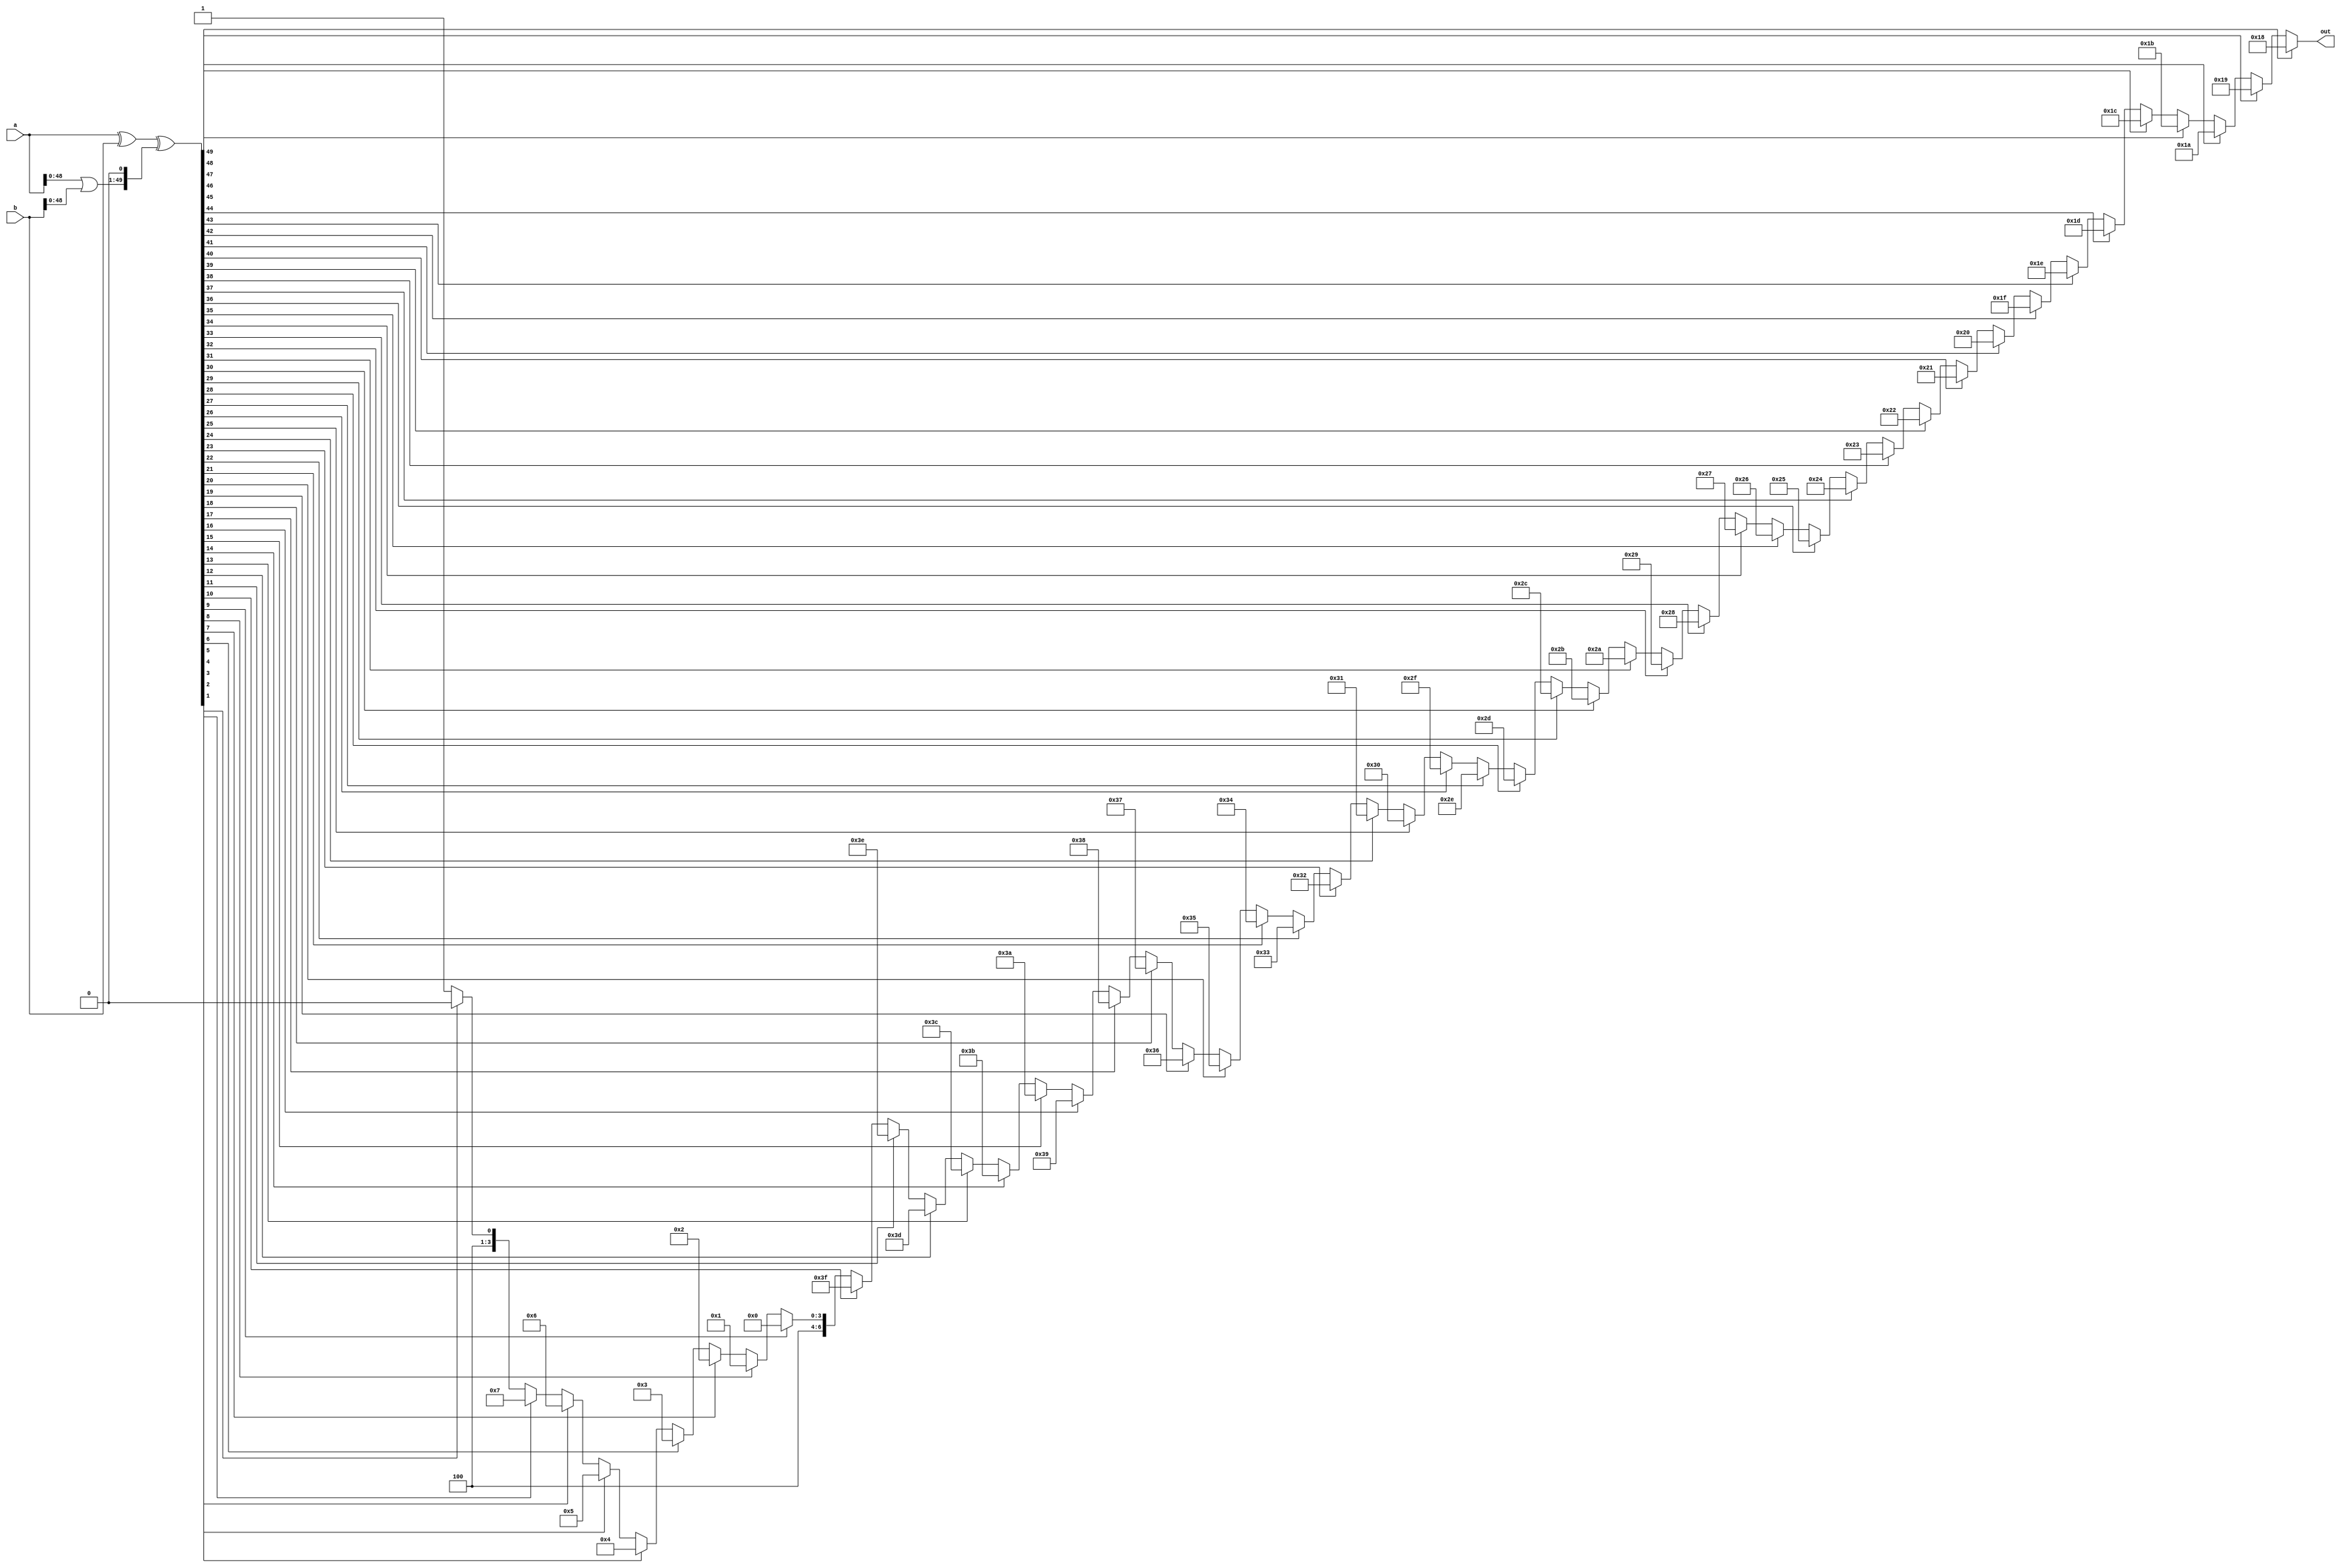

module estNormDistP24PosSum50( a, b, out );

    input  [49:0] a, b;
    output [6:0]  out;

    wire [49:0] key;

    assign key = ( a ^ b ) ^ ( ( a | b )<<1 );
    assign out =
          key[49] ? 24
        : key[48] ? 25
        : key[47] ? 26
        : key[46] ? 27
        : key[45] ? 28
        : key[44] ? 29
        : key[43] ? 30
        : key[42] ? 31
        : key[41] ? 32
        : key[40] ? 33
        : key[39] ? 34
        : key[38] ? 35
        : key[37] ? 36
        : key[36] ? 37
        : key[35] ? 38
        : key[34] ? 39
        : key[33] ? 40
        : key[32] ? 41
        : key[31] ? 42
        : key[30] ? 43
        : key[29] ? 44
        : key[28] ? 45
        : key[27] ? 46
        : key[26] ? 47
        : key[25] ? 48
        : key[24] ? 49
        : key[23] ? 50
        : key[22] ? 51
        : key[21] ? 52
        : key[20] ? 53
        : key[19] ? 54
        : key[18] ? 55
        : key[17] ? 56
        : key[16] ? 57
        : key[15] ? 58
        : key[14] ? 59
        : key[13] ? 60
        : key[12] ? 61
        : key[11] ? 62
        : key[10] ? 63
        : key[9]  ? 64
        : key[8]  ? 65
        : key[7]  ? 66
        : key[6]  ? 67
        : key[5]  ? 68
        : key[4]  ? 69
        : key[3]  ? 70
        : key[2]  ? 71
        : key[1]  ? 72
        : 73;

endmodule